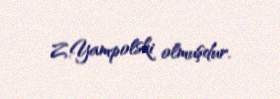
Z.Yampolski olmuşdur.